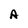
Character: A